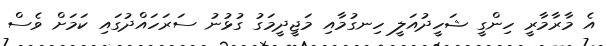
އެ މާރާމާރީ ހިންގީ ޝަހީދުއަލީ ހިނގުމާއި މަޖީދީމަގު ގުޅުނު ސަރަހައްދުގައި ކަމަށް ވެސް